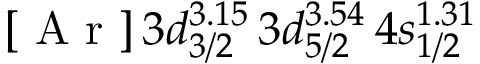
[ \mathrm { ~ A ~ r ~ } ] \, 3 d _ { 3 / 2 } ^ { 3 . 1 5 } \, 3 d _ { 5 / 2 } ^ { 3 . 5 4 } \, 4 s _ { 1 / 2 } ^ { 1 . 3 1 }